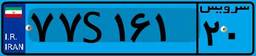
۵۹S۸۶۳۶۸